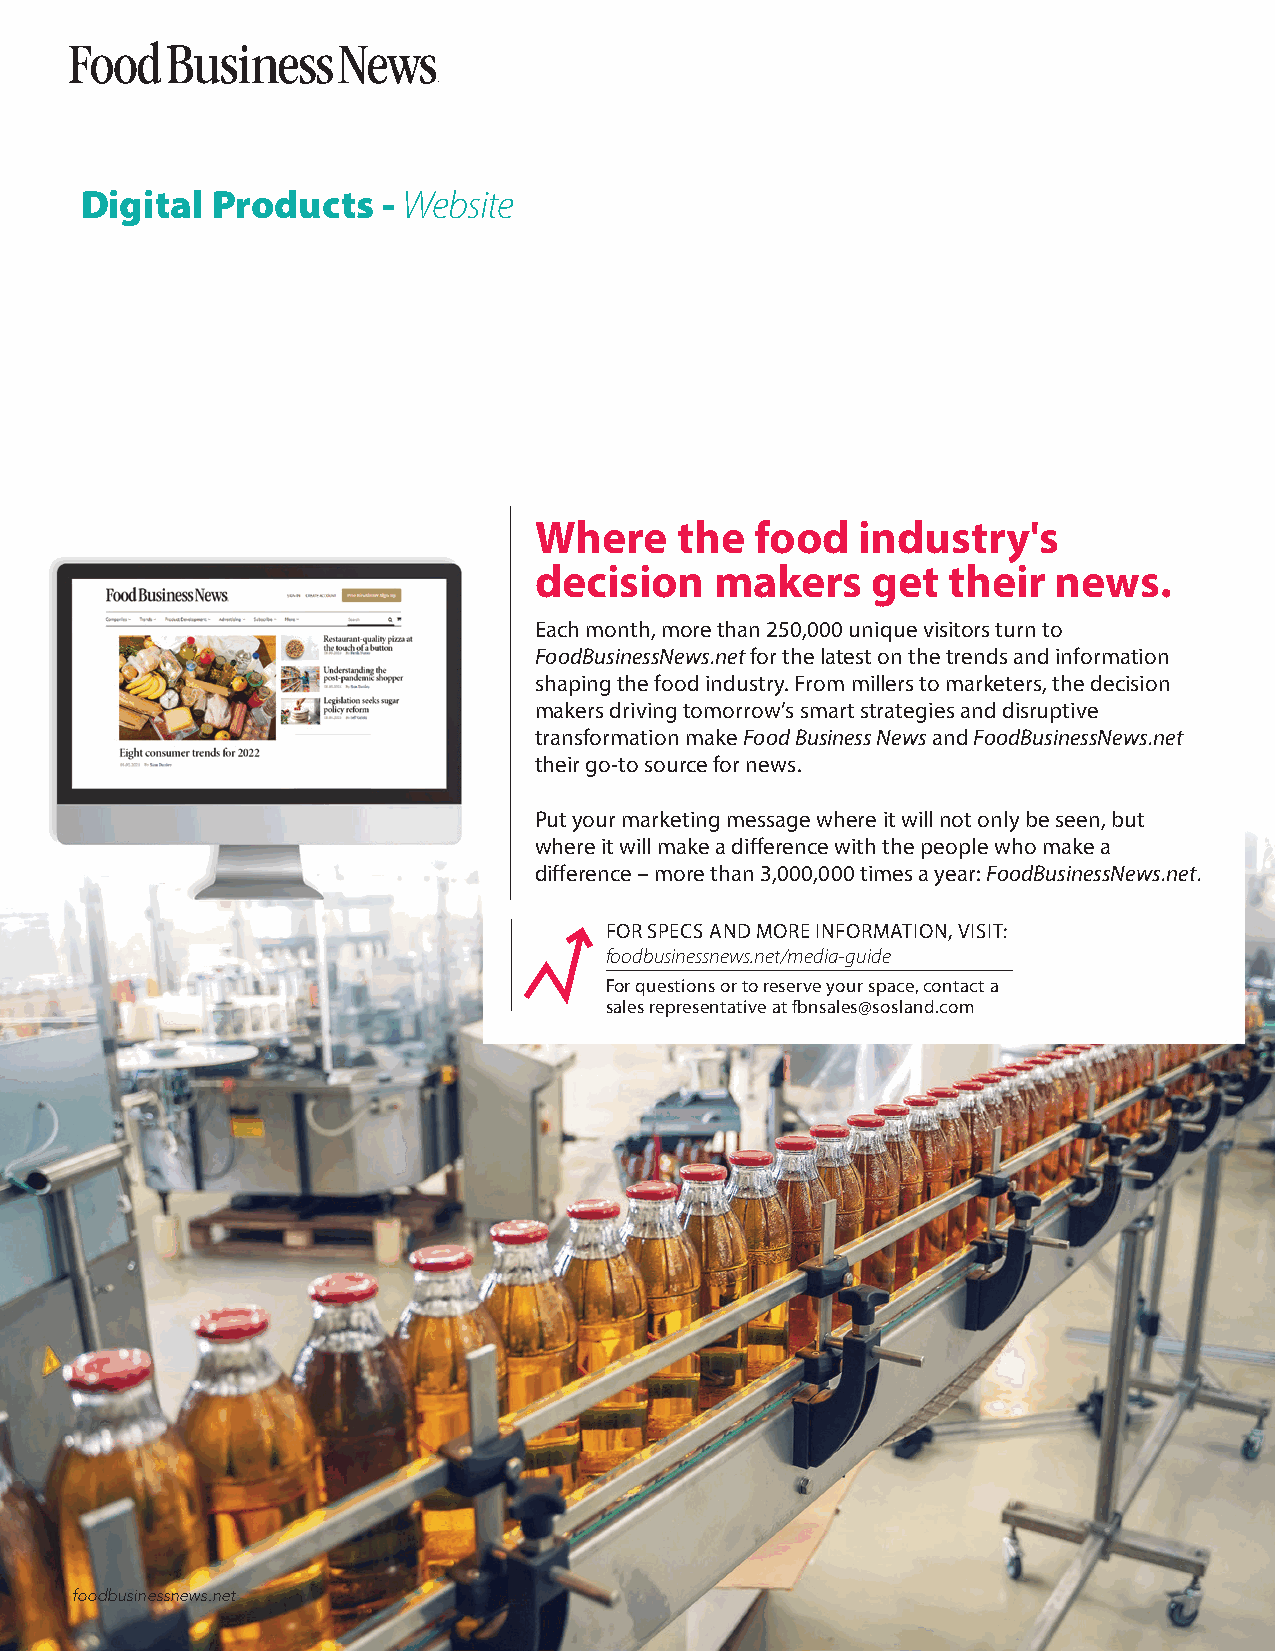
Digital  Products   - Website
 Where     the  food   industry's
 decision    makers     get  their  news.
 Each month, more than 250,000 unique visitors turn to
 FoodBusinessNews.net for the latest on the trends and information
 shaping the food industry. From millers to marketers, the decision
 makers driving tomorrow’s smart strategies and disruptive
 transformation make Food Business News and FoodBusinessNews.net
 their go-to source for news.
 Put your marketing message where it will not only be seen, but
 where it will make a difference with the people who make a
 difference – more than 3,000,000 times a year: FoodBusinessNews.net.
 FOR SPECS AND MORE INFORMATION, VISIT:
 foodbusinessnews.net/media-guide
 For questions or to reserve your space, contact a
 sales representative at fbnsales@sosland.com
 foodbusinessnews.net